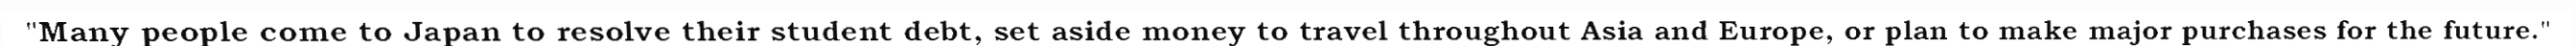
"Many people come to Japan to resolve their student debt, set aside money to travel throughout Asia and Europe, or plan to make major purchases for the future."